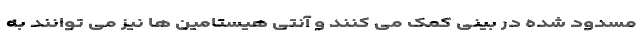
مسدود شده در بینی کمک می کنند و آنتی هیستامین ها نیز می توانند به